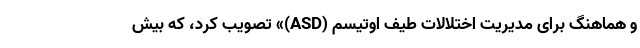
و هماهنگ برای مدیریت اختلالات طیف اوتیسم (ASD)» تصویب کرد، که بیش